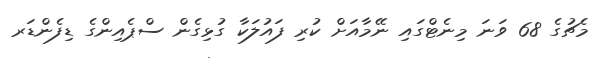
މެޗުގެ 68 ވަނަ މިނެޓްގައި ނޭމާއަށް ކުރި ފައުލަކާ ގުޅިގެން ސްޕެއިންގެ ޑިފެންޑަރ